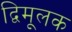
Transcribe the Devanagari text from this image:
द्विमूलक